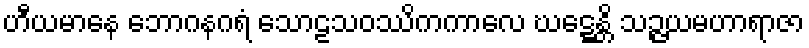
ဟီယမာနေ ဘောဂနဂရံ သောဠသဝဿိကကာလေ ဃဋ္ဋေန္တိ သဉ္ဇယမဟာရာဇာ